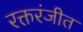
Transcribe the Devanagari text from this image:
रक्तरंजीत